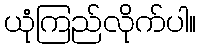
ယုံကြည်လိုက်ပါ။